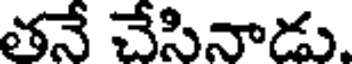
తనే చేసినాడు.